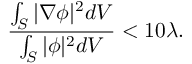
\frac { \int _ { S } \vert \nabla \phi \vert ^ { 2 } d V } { \int _ { S } \vert \phi \vert ^ { 2 } d V } < 1 0 \lambda .